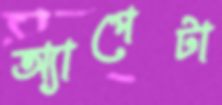
অ্যাপেটা